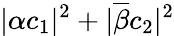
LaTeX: \lvert\alpha c_{1}\rvert^{2}+\lvert\overline{{\beta}}c_{2}\rvert^{2}